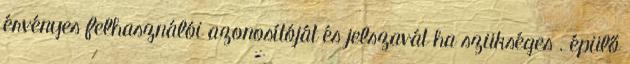
érvényes felhasználói azonosítóját és jelszavát ha szükséges . épülő